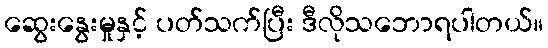
ဆွေးနွေးမှုနှင့် ပတ်သက်ပြီး ဒီလိုသဘောရပါတယ်။